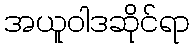
အယူဝါဒဆိုင်ရာ